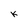
Character: k